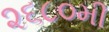
૨૬૮૦મી